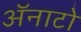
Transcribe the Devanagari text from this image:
ॲनाटो